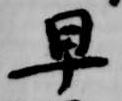
早